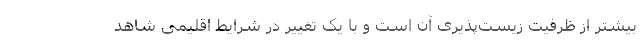
بیشتر از ظرفیت زیست‌پذیری آن است و با یک تغییر در شرایط اقلیمی شاهد